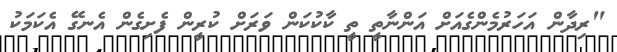
"ރިދާން އަހަރުމެންގެއަށް އަންނާތީ ތީ ކާކުކަން ވަރަށް ކުރީން ފެށިގެން އެނގޭ އެކަމަކު